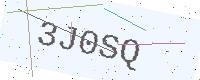
Text: 3J0SQ